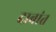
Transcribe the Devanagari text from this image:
दाबांत